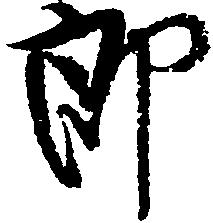
郎